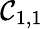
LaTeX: \mathcal{C}_{1,1}